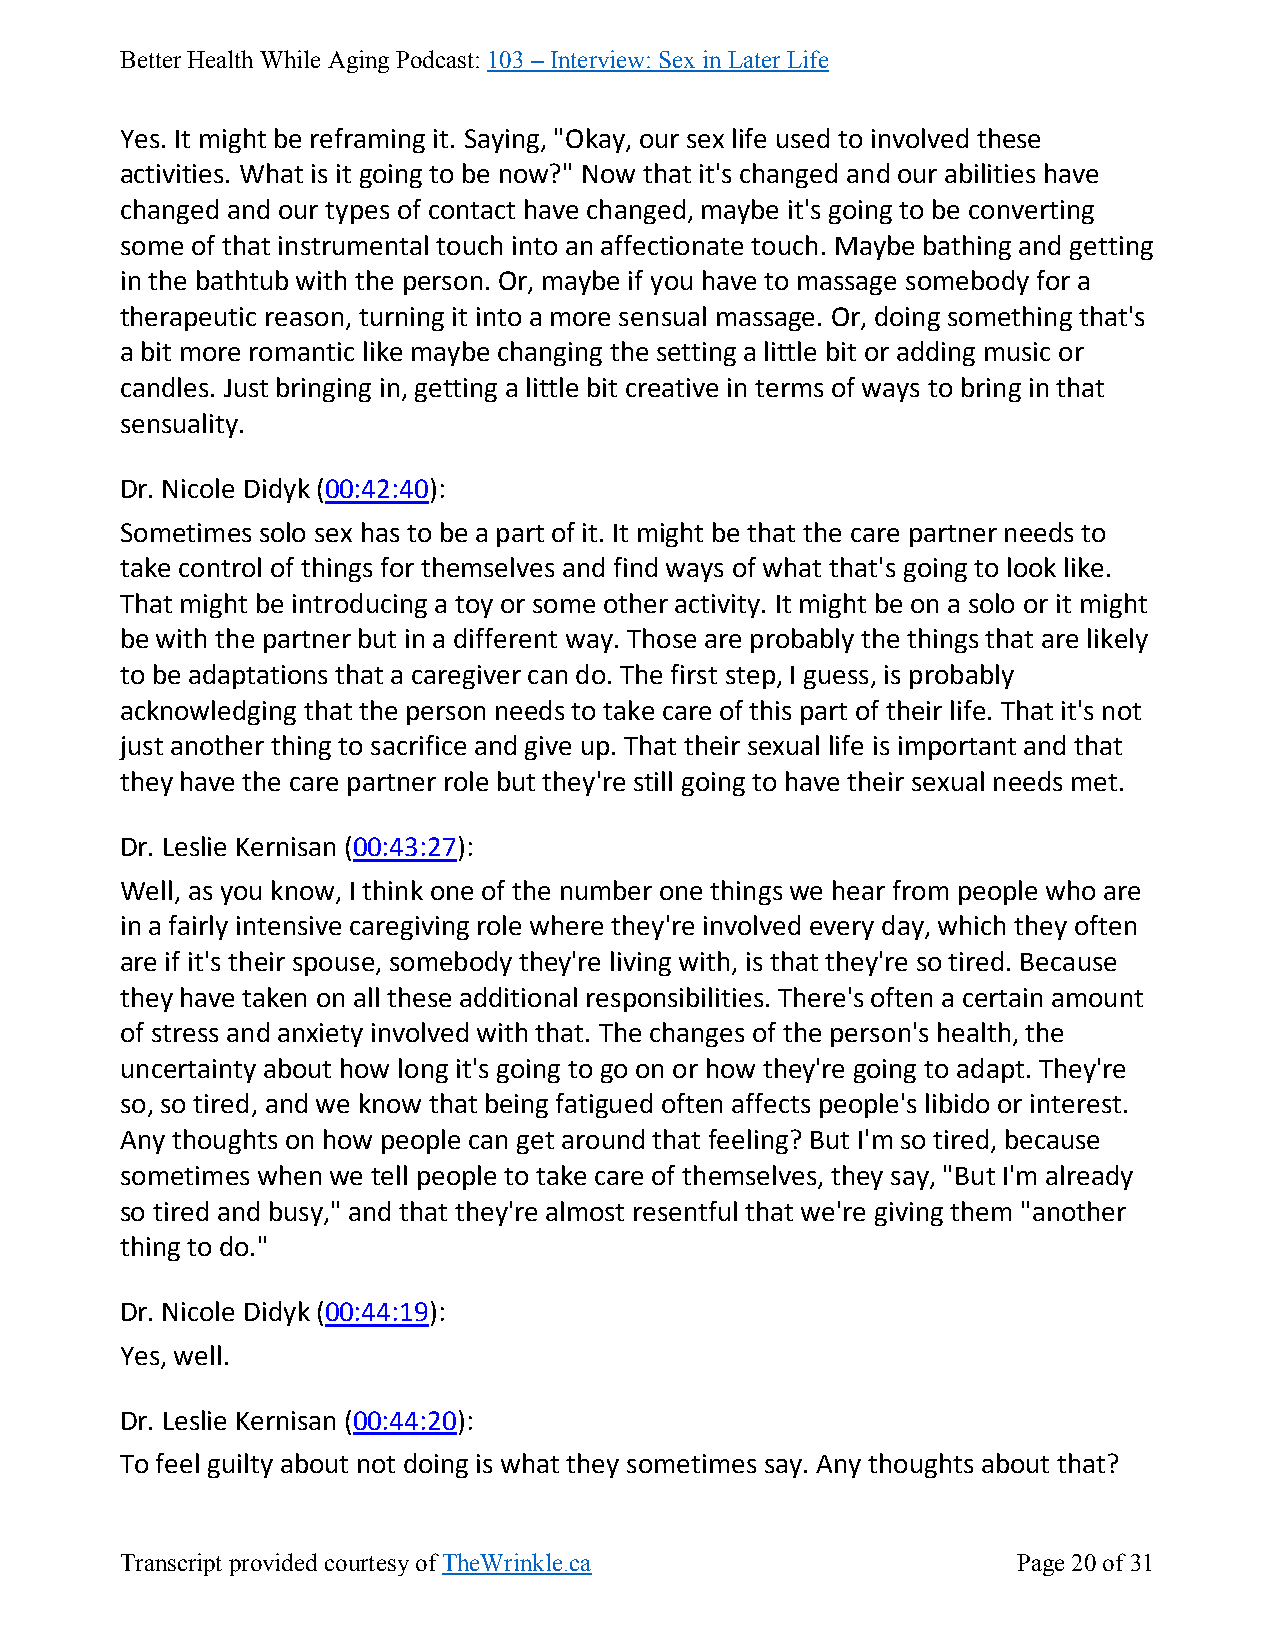
Better Health While Aging Podcast: 103 – Interview: Sex in Later Life
 Yes. It might be reframing it. Saying, "Okay, our sex life used to involved these
 activities. What is it going to be now?" Now that it's changed and our abilities have
 changed and our types of contact have changed, maybe it's going to be converting
 some of that instrumental touch into an affectionate touch. Maybe bathing and getting
 in the bathtub with the person. Or, maybe if you have to massage somebody for a
 therapeutic reason, turning it into a more sensual massage. Or, doing something that's
 a bit more romantic like maybe changing the setting a little bit or adding music or
 candles. Just bringing in, getting a little bit creative in terms of ways to bring in that
 sensuality.
 Dr. Nicole Didyk (00:42:40):
 Sometimes solo sex has to be a part of it. It might be that the care partner needs to
 take control of things for themselves and find ways of what that's going to look like.
 That might be introducing a toy or some other activity. It might be on a solo or it might
 be with the partner but in a different way. Those are probably the things that are likely
 to be adaptations that a caregiver can do. The first step, I guess, is probably
 acknowledging that the person needs to take care of this part of their life. That it's not
 just another thing to sacrifice and give up. That their sexual life is important and that
 they have the care partner role but they're still going to have their sexual needs met.
 Dr. Leslie Kernisan (00:43:27):
 Well, as you know, I think one of the number one things we hear from people who are
 in a fairly intensive caregiving role where they're involved every day, which they often
 are if it's their spouse, somebody they're living with, is that they're so tired. Because
 they have taken on all these additional responsibilities. There's often a certain amount
 of stress and anxiety involved with that. The changes of the person's health, the
 uncertainty about how long it's going to go on or how they're going to adapt. They're
 so, so tired, and we know that being fatigued often affects people's libido or interest.
 Any thoughts on how people can get around that feeling? But I'm so tired, because
 sometimes when we tell people to take care of themselves, they say, "But I'm already
 so tired and busy," and that they're almost resentful that we're giving them "another
 thing to do."
 Dr. Nicole Didyk (00:44:19):
 Yes, well.
 Dr. Leslie Kernisan (00:44:20):
 To feel guilty about not doing is what they sometimes say. Any thoughts about that?
 Transcript provided courtesy of TheWrinkle.ca              Page 20 of 31